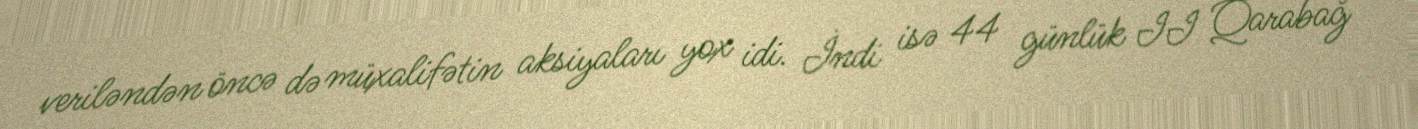
veriləndən öncə də müxalifətin aksiyaları yox idi. İndi isə 44 günlük II Qarabağ